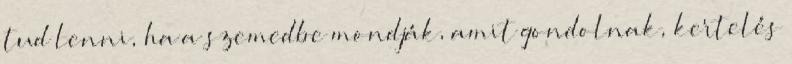
tud lenni, ha a szemedbe mondják, amit gondolnak, kertelés